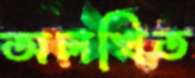
অলখিত